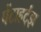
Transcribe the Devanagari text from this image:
पेंटाहर्ट्‌झ